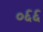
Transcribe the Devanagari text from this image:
०६६